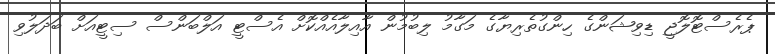
ޕެރެސްޓޮލޮޖީ ޑިވިޝަންގެ ހިންގުތެރިޔާގެ މަގާމު ލިބުމުން އާއިލާއެއްކޮށް އެސްޓީ އަލްބަންސް ސިޓީއަށް ބަދަލުވި